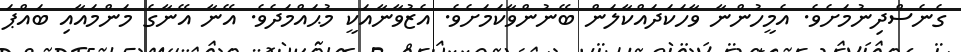
ގެނެސްދިނުމަށެވެ. އެމީހުންނާ ވާހަކަދައްކާލަން ބޭނުންވާކަމަށެވެ. އެޒުވާނާއަކީ މުޙައްމަދެވެ. އޭނާ އޭނާގެ މަންމައާއި ބައްޕަ